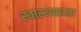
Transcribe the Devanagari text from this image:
स्वास्थ्यप्रदता